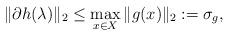
LaTeX: \begin{align*}\| \partial h(\lambda)\|_2 \le \max_{x \in X} \| g(x) \|_2 : = \sigma_g ,\end{align*}